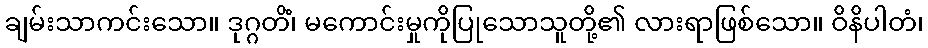
ချမ်းသာကင်းသော။ ဒုဂ္ဂတိံ၊ မကောင်းမှုကိုပြုသောသူတို့၏ လားရာဖြစ်သော။ ဝိနိပါတံ၊